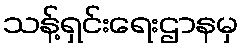
သန့်ရှင်းရေးဌာနမှ